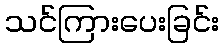
သင်ကြားပေးခြင်း